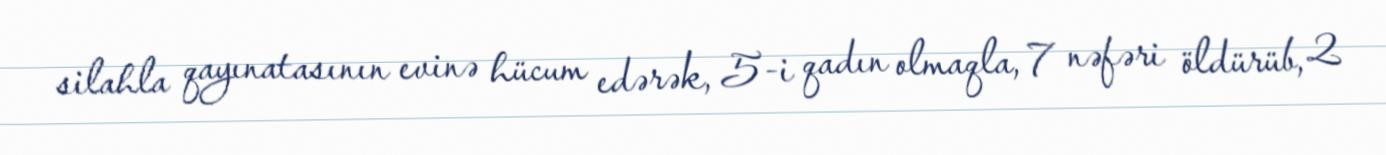
silahla qayınatasının evinə hücum edərək, 5-i qadın olmaqla, 7 nəfəri öldürüb, 2